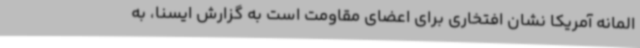
المانه آمریکا نشان افتخاری برای اعضای مقاومت است به گزارش ایسنا، به